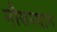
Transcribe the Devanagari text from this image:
नौसरवान